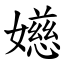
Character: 嬨